Vaccination in Bombay 1889-1901 - 1889-1901
Year: 1889
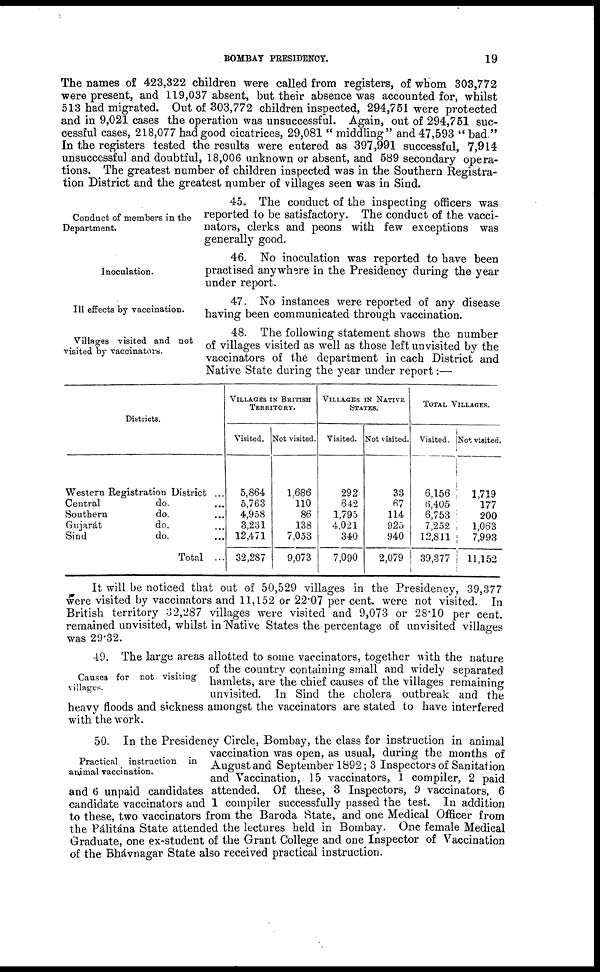
BOMBAY PRESIDENCY.
19
The names of 423,322 children were called from registers, of whom 303,772
were present, and 119,037 absent, but their absence was accounted for, whilst
513 had migrated. Out of 303,772 children inspected, 294,751 were protected
and in 9,021 cases the operation was unsuccessful. Again, out of 294,751 suc-
cessful cases, 218,077 had good cicatrices, 29,081 "middling" and 47,593 "bad"
In the registers tested the results were entered as 397,991 successful, 7,914
unsuccessful and doubtful, 18,006 unknown or absent, and 589 secondary opera-
tions. The greatest number of children inspected was in the Southern Registra-
tion District and the greatest number of villages seen was in Sind.
Conduct of members in the
Department.
45. The conduct of the inspecting officers was
reported to be satisfactory. The conduct of the vacci¬
nators, clerks and peons with few exceptions was
generally good.
Inoculation.
46. No inoculation was reported to have been
practised anywhere in the Presidency during the year
under report.
Ill effects by vaccination.
47. No instances were reported of any disease
having been communicated through vaccination.
Villages visited and not
visited by vaccinators.
48. The following statement shows the number
of villages visited as well as those left unvisited by the
vaccinators of the department in each District and
Native State during the year under report:—
Districts.
Western Registration District ...
Central
do. ...
Southern
do. ...
Gujarát
do. ...
Sind
do. ...
Total ...
VILLAGES IN BRITISH
TERRITORY.
Visited.
5,864
5,763
4,958
3,231
12,471
32,287
Not visited.
1,686
110
86
138
7,053
9,073
VILLAGES IN NATIVE
STATES.
Visited.
292
642
1,795
4,021
340
7,090
Not visited.
33
67
114
925
940
2,079
TOTAL VILLAGES.
Visited.
6,156
6,405
6,753
7,252
12,811
39,377
Not visited.
1,719
177
200
1,063
7,993
11,152
It will be noticed that out of 50,529 villages in the Presidency, 39,377
were visited by vaccinators and 11,152 or 22.07 per cent. were not visited. In
British territory 32,287 villages were visited and 9,073 or 28.10 per cent.
remained unvisited, whilst in Native States the percentage of unvisited villages
was 29.32.
Causes for not visiting
villages.
49. The large areas allotted to some vaccinators, together with the nature
of the country containing small and widely separated
hamlets, are the chief causes of the villages remaining
unvisited. In Sind the cholera outbreak and the
heavy floods and sickness amongst the vaccinators are stated to have interfered
with the work.
Practical instruction in
animal vaccination.
50. In the Presidency Circle, Bombay, the class for instruction in animal
vaccination was open, as usual, during the months of
August and September 1892; 3 Inspectors of Sanitation
and Vaccination, 15 vaccinators, 1 compiler, 2 paid
and 6 unpaid candidates attended. Of these, 3 Inspectors, 9 vaccinators, 6
candidate vaccinators and 1 compiler successfully passed the test. In addition
to these, two vaccinators from the Baroda State, and one Medical Officer from
the Pálitána State attended the lectures held in Bombay. One female Medical
Graduate, one ex-student of the Grant College and one Inspector of Vaccination
of the Bhávnagar State also received practical instruction.